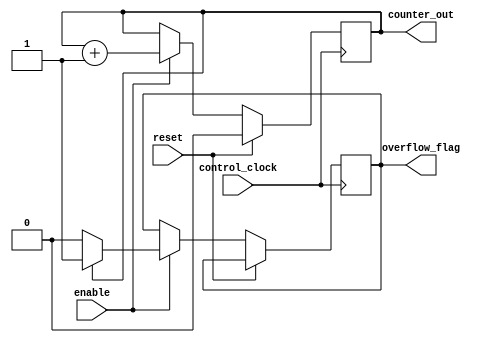
module Counter #(parameter REGISTER_SIZE = 1)(
		input 														control_clock,
		input 																  reset,
		input 																 enable,
		output 														overflow_flag,
		output [REGISTER_SIZE - 1 : 0]	 					  counter_out
    );
	 
	 reg [REGISTER_SIZE - 1 : 0] 					 internal_register = 0;
	 reg 								  					 overflow		 	 = 0;
	 
	 assign counter_out 				 					= internal_register;
	 assign overflow_flag 			 					= 			  overflow;
	 
	 always @ (posedge control_clock)
		if(reset) begin
			internal_register <= 0;
		end // if
		else
		if(enable) begin
			internal_register <= internal_register + 1;
			if(internal_register == 1) 
				overflow <= 1;
			else 
				overflow <= 0;
		end // if

endmodule